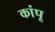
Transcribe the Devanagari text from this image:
कांपू